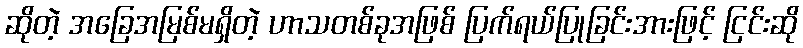
ဆိုတဲ့ အခြေအမြစ်မရှိတဲ့ ဟာသတစ်ခုအဖြစ် ပြက်ရယ်ပြုခြင်းအားဖြင့် ငြင်းဆို